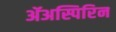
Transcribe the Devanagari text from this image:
ॲअस्पिरिन